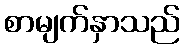
စာမျက်နှာသည်